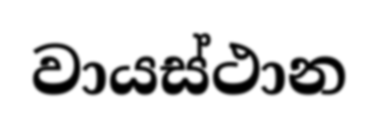
වායස්ථාන